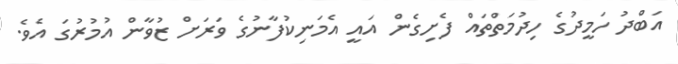
އަބްދު ހަމީދުގެ ހިދުމަތްތައް ފެށިގެން އައީ އެމަނިކުފާނުގެ ވަރަށް ޒުވާން އުމުރުގަ އެވެ.